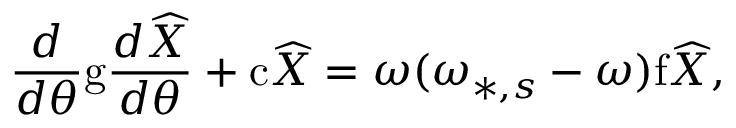
\frac { d } { d \theta } \mathrm { g } \frac { d \widehat { X } } { d \theta } + \mathrm { c } \widehat { X } = \omega ( \omega _ { * , s } - \omega ) \mathrm { f } \widehat { X } ,